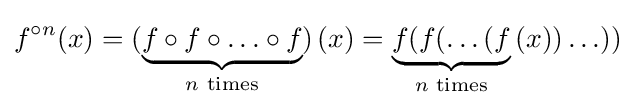
f^{\circ n}(x)=(\underbrace {f\circ f\circ \ldots \circ f} _{n{\text{ times}}})\,(x)=\underbrace {f(f(\ldots (f} _{n{\text{ times}}}\,(x))\ldots ))